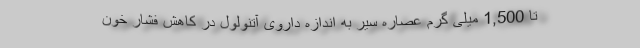
تا 1,500 میلی گرم عصاره سیر به اندازه داروی آتنولول در کاهش فشار خون